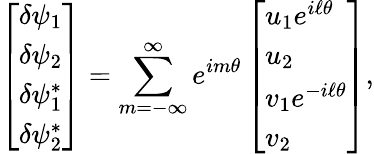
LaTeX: \left[\begin{array}{l}{\delta\psi_{1}}\\ {\delta\psi_{2}}\\ {\delta\psi_{1}^{*}}\\ {\delta\psi_{2}^{*}}\end{array}\right]=\sum_{m=-\infty}^{\infty}e^{im\theta}\left[\begin{array}{l}{u_{1}e^{i\ell\theta}}\\ {u_{2}}\\ {v_{1}e^{-i\ell\theta}}\\ {v_{2}}\end{array}\right],